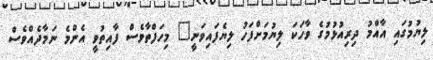
ލިޔުމުގައި އާއްމު ދިރިއުޅުމުގެ ވާހަކަ ލިޔުމަށްފަހު ލިޔެފައިވަނީ" މިހަފްތާވެސް ފާއިތުވީ އެންމެ ނަމާދެއްވެސް